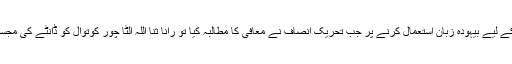
تفصیلات کے مطابق تحریک انصاف کی خواتین کارکنان کے لیے بیہودہ زبان استعمال کرنے پر جب تحریک انصاف نے معافی کا مطالبہ کیا تو رانا ثنا اللہ الٹا چور کوتوال کو ڈانٹے کی مجسم تصویر دیتے ہوئے عمران خان سے مطالبہ کرنے لگے ۔